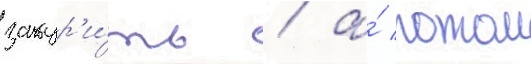
закур'и́ть / а́ потом